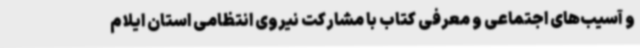
و آسیب‌های اجتماعی و معرفی کتاب با مشارکت نیروی انتظامی استان ایلام